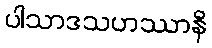
ပါသာဒသဟဿာနိ